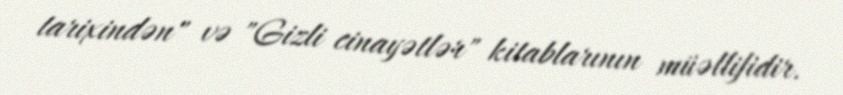
tarixindən" və "Gizli cinayətlər" kitablarının müəllifidir.